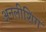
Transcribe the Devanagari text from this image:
अनलीशिंग